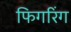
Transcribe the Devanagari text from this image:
फिगरिंग